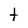
Character: t